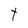
Character: t